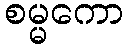
စမ္မကော